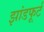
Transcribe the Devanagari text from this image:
झांडफूर्ट